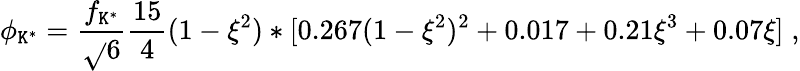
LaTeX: \phi_{\mathtt{K}^{*}}=\frac{{f_{\mathtt{K}^{*}}}}{{\sqrt{}{{6}}}}\frac{{15}}{{4}}(1-\xi^{2})*[0.267(1-\xi^{2})^{2}+0.017+0.21\xi^{3}+0.07\xi]\; ,